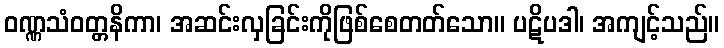
ဝဏ္ဏသံဝတ္တနိကာ၊ အဆင်းလှခြင်းကိုဖြစ်စေတတ်သော။ ပဋိပဒါ၊ အကျင့်သည်။